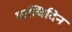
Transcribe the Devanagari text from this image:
माल्विदिन